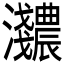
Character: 𬉰